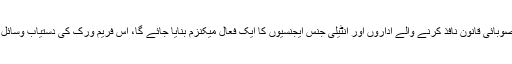
اس سلسلہ میں وفاقی اور صوبائی قانون نافذ کرنے والے اداروں اور انٹیلی جنس ایجنسیوں کا ایک فعال میکنزم بنایا جائے گا، اس فریم ورک کی دستیاب وسائل سے مدد فراہم کریں گے۔